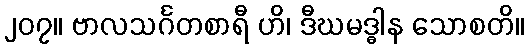
၂၀၇။ ဗာလသင်္ဂတစာရီ ဟိ၊ ဒီဃမဒ္ဓါန သောစတိ။